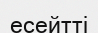
есейтті